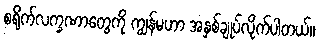
စရိုက်လက္ခဏာတွေကို ကျွန်မဟာ အနှစ်ချုပ်လိုက်ပါတယ်။